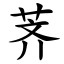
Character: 荠